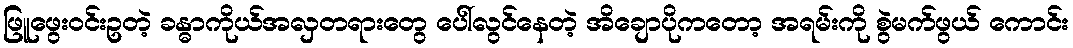
ဖြူဖွေးဝင်းဥတဲ့ ခန္ဓာကိုယ်အလှတရားတွေ ပေါ်လွင်နေတဲ့ အိချောပိုကတော့ အရမ်းကို စွဲမက်ဖွယ် ကောင်း